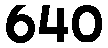
640